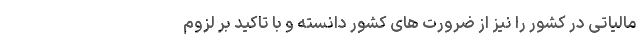
مالیاتی در کشور را نیز از ضرورت های کشور دانسته و با تاکید بر لزوم